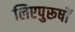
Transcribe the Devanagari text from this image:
लिएपुरूषों